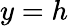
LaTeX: y=h